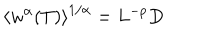
\left\langle w ^ { \alpha } ( T ) \right\rangle ^ { 1 / \alpha } = L ^ { - p } D